Civil Veterinary Dept. Bombay admin report 1893-99 - 1893-1899
Year: 1893
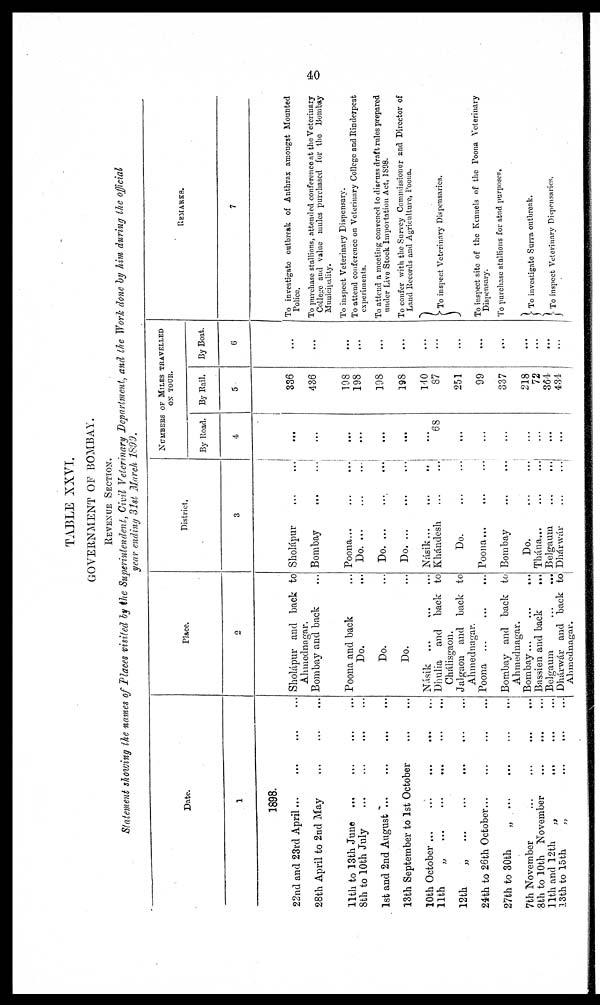
40
TABLE XXVI.
GOVERNMENT OF BOMBAY.
REVENUE SECTION.
Statement showing the names of Places visited by the Superintendent, Civil Veterinary Department, and the Work done by him during the official
year ending 31st March 1899.
Date.
1
1898.
22nd and 23rd April
...
...
...
...
28th April to 2nd May
...
...
...
11th to 13th June
...
...
...
...
8th to 10th July
...
...
...
...
1st and 2nd August
...
...
...
...
13th September to 1st October
...
...
10th October
...
...
...
...
...
11th
...
...
...
...
...
...
12th
„
...
...
...
...
...
24th to 26th October
...
...
...
...
27th to 30th
„
...
...
...
...
7th November
...
...
...
...
8th to 10th November
...
...
...
11th and 12th „
...
...
...
13th to 15th
„
...
...
...
Place.
2
Sholápur and back to
Ahmednagar.
Bombay and back ...
Poona and back ...
Do. ...
Do. ...
Do. ...
Násik
...
...
...
Dhulia and back to
Chálisgaon.
Jalgaon and back to
Ahmednagar.
Poona
...
...
...
Bombay and back to
Ahmednagar.
Bombay...
...
...
Bassien and back
...
Belgaum
...
...
Dhárwár and back to
Ahmednagar.
District.
3
Sholápur ... ...
Bombay
...
...
Poona... ... ...
Do.
...
...
...
Do.
...
...
Do.
...
...
...
Násik
...
...
...
Khándesh
...
...
Do.
...
...
Poona
...
...
...
Bombay ... ...
Do.
...
...
Thána...
...
...
Belgaum
...
...
Dhárwár
...
...
NUMBERS OF MILES TEAVELLED
ON TOUR.
By Road.
4
...
...
...
...
...
...
...
68
...
...
...
...
...
...
...
By Rail.
5
336
436
198
198
198
198
140
87
251
99
337
218
72
364
434
By Boat.
6
...
...
...
...
...
...
...
...
...
...
...
...
...
...
...
REMARKS.
7
To investigate outbreak of Anthrax amongst Mounted
Police,
To purchase stallions, attended conference at the Veterinary
College and value mules purchased for the Bombay
Municipality.
To inspect Veterinary Dispensary.
To attend conference on Veterinary College and Rinderpest
experiments.
To attend a meeting convened to discuss draft rules prepared
under Live Stock Importation Act, 1898.
To confer with the Survey Commissioner and Director of
Land Records and Agriculture, Poona.
To inspect Veterinary Dispensaries.
To inspect site of the Kennels of the Poona Veterinary
Dispensary.
To purchase stallions for stud purposes.
To investigate Surra outbreak.
To inspect Veterinary Dispensaries.